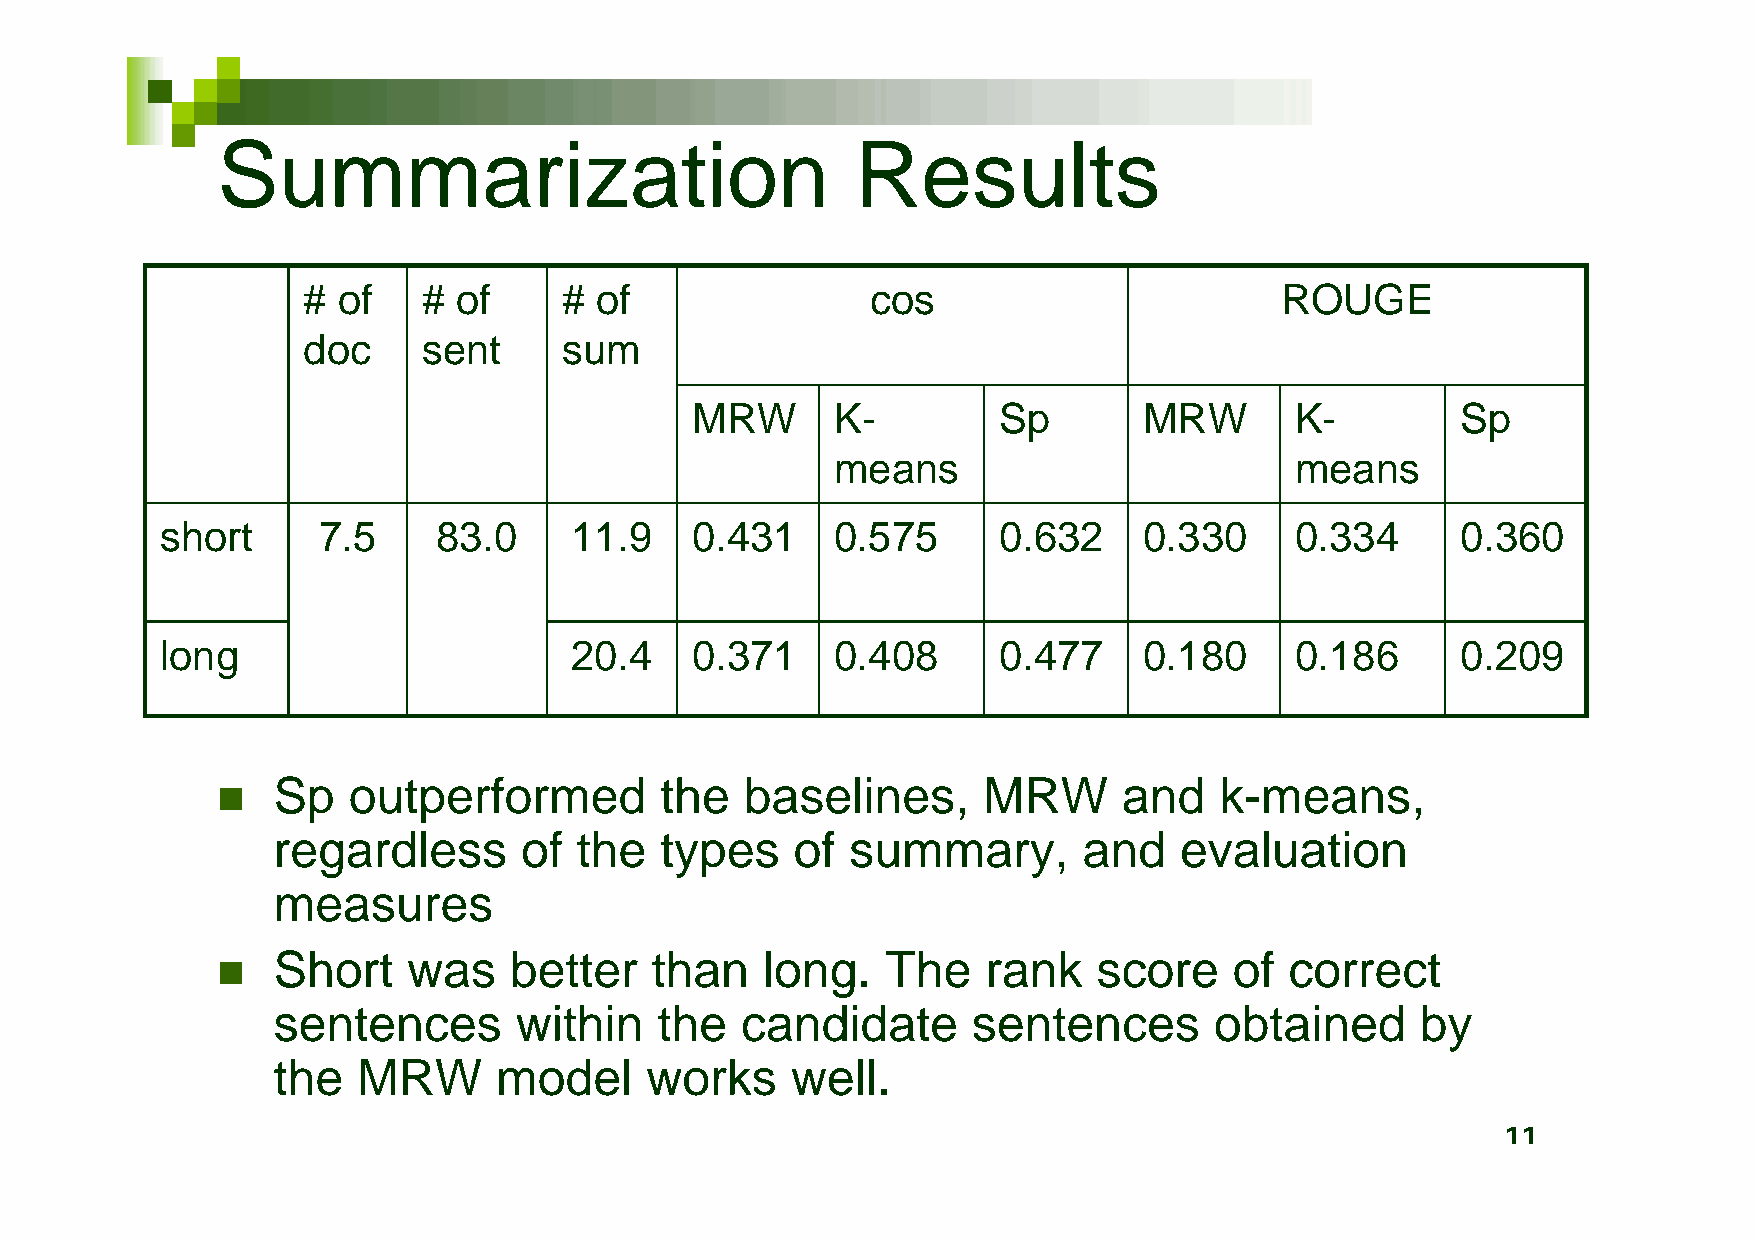
Summarization                              Results
 # of    # of     # of                 cos                        ROUGE
 doc     sent     sum
 MRW      K-         Sp        MRW       K-         Sp
 means                          means
 short     7.5     83.0     11.9    0.431    0.575      0.632     0.330     0.334      0.360
 long                       20.4    0.371    0.408      0.477     0.180     0.186      0.209
 Sp   outperformed         the  baselines,      MRW      and    k-means,
 
 regardless      of  the   types    of summary,        and   evaluation
 measures
 Short    was    better   than   long.    The   rank    score    of correct
 
 sentences       within    the  candidate      sentences       obtained      by
 the   MRW      model     works    well.
 11